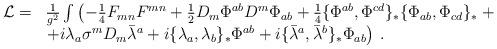
LaTeX: \begin{align*}\begin{array}{rl}{\cal L} =& \frac{1}{g^2}\int \left( -\frac{1}{4} F_{mn} F^{mn} + \frac{1}{2}D_m\Phi^{ab} D^m \Phi_{ab} +\frac{1}{4} \{\Phi^{ab},\Phi^{cd}\}_* \{\Phi_{ab},\Phi_{cd}\}_*\right.+\\&\left. + i \lambda_a \sigma^m D_m\bar{\lambda}^a +i\{\lambda_a,\lambda_b\}_* \Phi^{ab}+i\{\bar\lambda^a,\bar\lambda^b\}_* \Phi_{ab}\right)\,.\end{array}\end{align*}